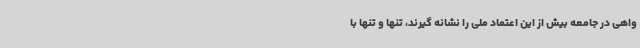
واهی در جامعه بیش از این اعتماد ملی را نشانه گیرند، تنها و تنها با